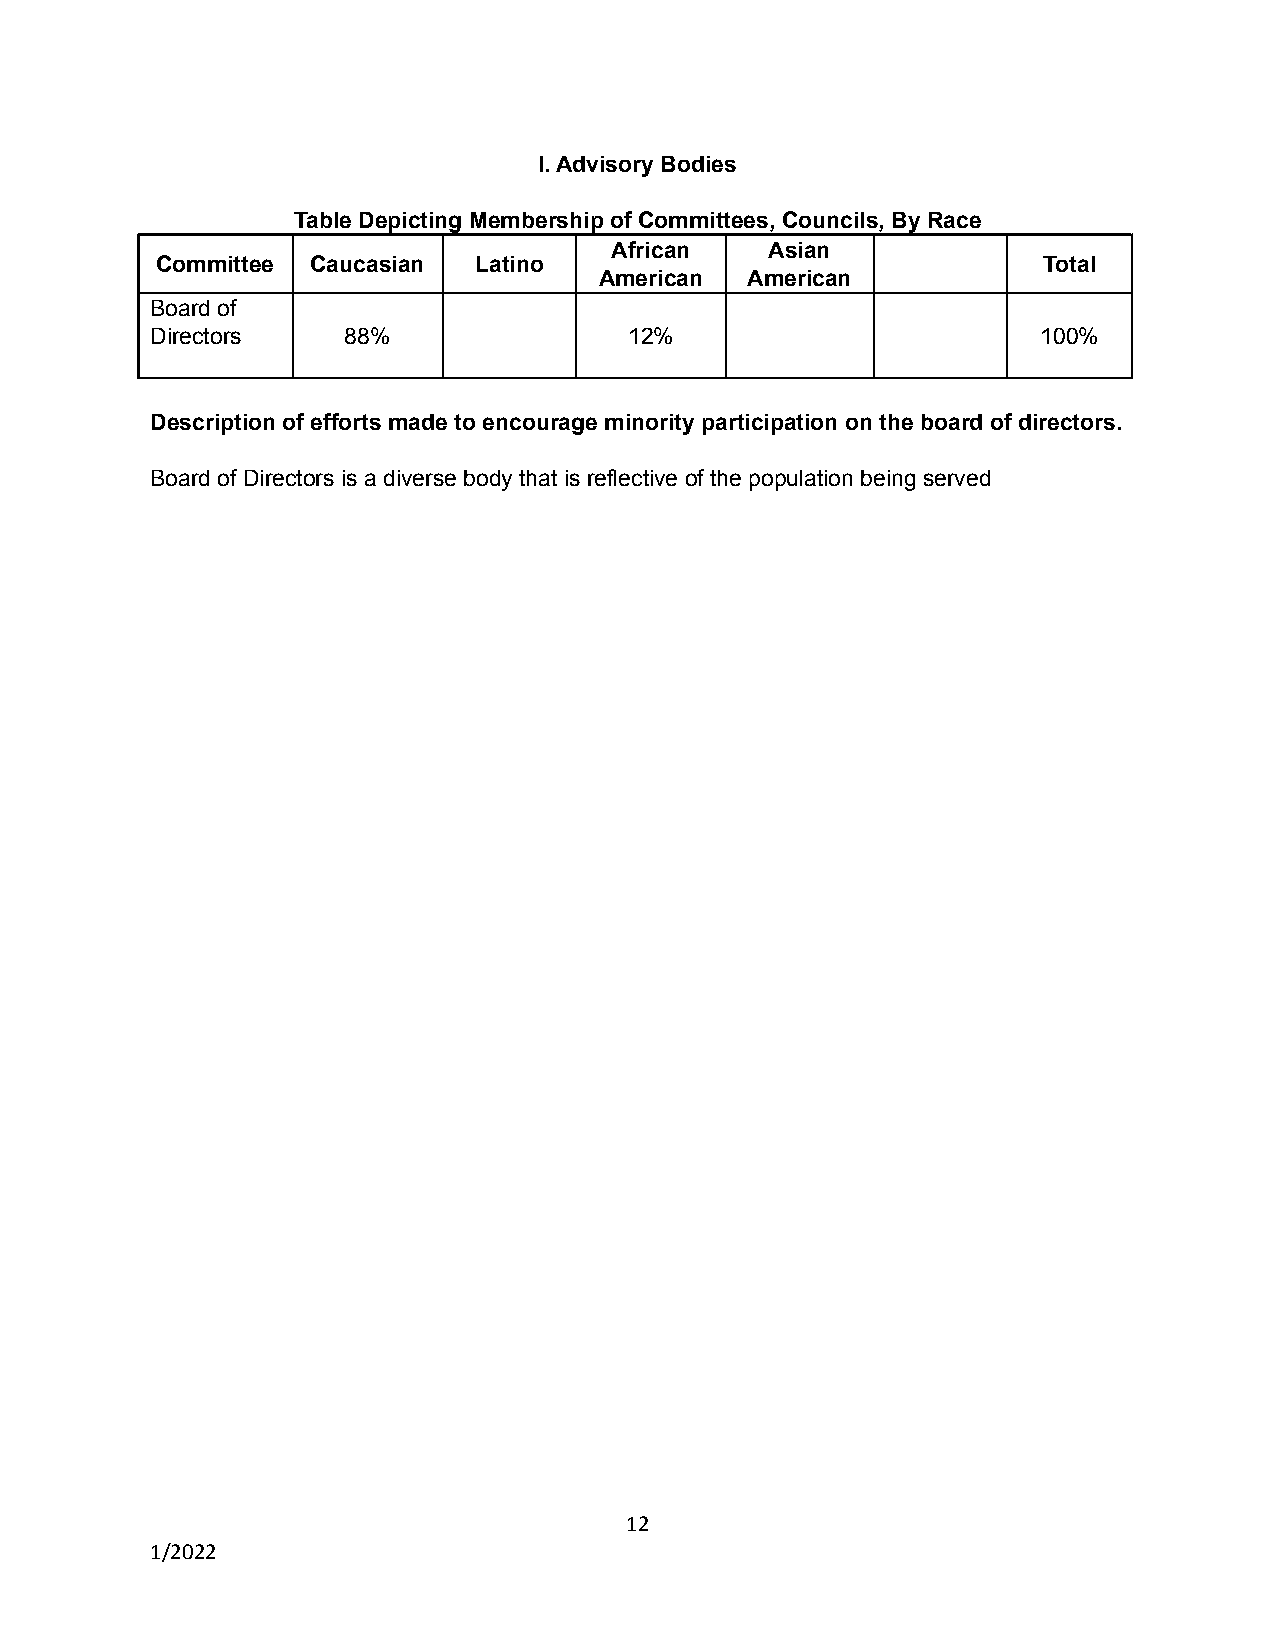
I. Advisory Bodies
 Table Depicting Membership of Committees, Councils, By Race
 African    Asian
 Committee  Caucasian Latino                                Total
 American American
 Board of
 Directors    88%                12%                        100%
 Description of efforts made to encourage minority participation on the board of directors.
 Board of Directors is a diverse body that is reflective of the population being served
 12
 1/2022